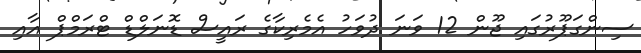
ސިންގަޕޫރުގައި ޖޫން 12 ވަނަ ދުވަހު އެމެރިކާގެ ރައީސް ޑޮނަލްޑް ޓްރަމްޕް އާއި